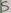
Text: 5